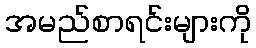
အမည်စာရင်းများကို